Plague in India, 1896, 1897 - Volume 3
Year: 1896
Disease focus: Plague
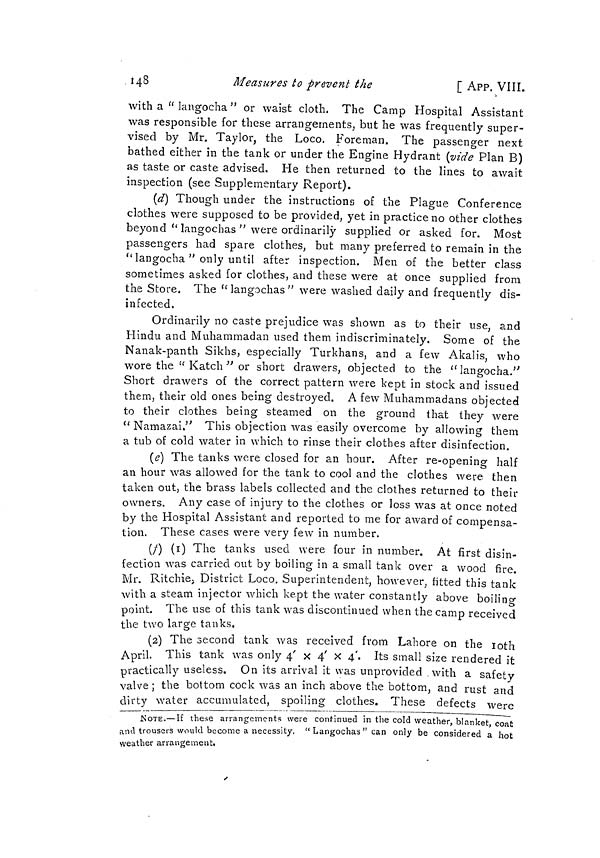
148
Measures to prevent the
[ APP. VIII.
with a " langocha " or waist cloth. The Camp Hospital Assistant
was responsible for these arrangements, but he was frequently super-
vised by Mr. Taylor, the Loco. Foreman. The passenger next
bathed either in the tank or under the Engine Hydrant (vide Plan B)
as taste or caste advised. He then returned to the lines to await
inspection (see Supplementary Report).
(d) Though under the instructions of the Plague Conference
clothes were supposed to be provided, yet in practice no other clothes
beyond " langochas " were ordinarily supplied or asked for. Most
passengers had spare clothes, but many preferred to remain in the
"langocha " only until after inspection. Men of the better class
sometimes asked for clothes, and these were at once supplied from
the Store. The " langochas " were washed daily and frequently dis-
infected.
Ordinarily no caste prejudice was shown as to their use, and
Hindu and Muhammadan used them indiscriminately. Some of the
Nanak-panth Sikhs, especially Turkhans, and a few Akalis, who
wore the " Katch " or short drawers, objected to the "langocha."
Short drawers of the correct pattern were kept in stock and issued
them, their old ones being destroyed. A few Muhammadans objected
to their clothes being steamed on the ground that they were
" Namazai." This objection was easily overcome by allowing them
a tub of cold water in which to rinse their clothes after disinfection.
(e) The tanks were closed for an hour. After re-opening half
an hour was allowed for the tank to cool and the clothes were then
taken out, the brass labels collected and the clothes returned to their
owners. Any case of injury to the clothes or loss was at once noted
by the Hospital Assistant and reported to me for award of compensa-
tion. These cases were very few in number.
(†) (i) The tanks used were four in number. At first disin-
fection was carried out by boiling in a small tank over a wood fire.
Mr. Ritchie, District Loco, Superintendent, however, fitted this tank
with a steam injector which kept the water constantly above boiling
point. The use of this tank was discontinued when the camp received
the two large tanks.
(2) The second tank was received from Lahore on the loth
April. This tank was only 4' x 4' x 4- Its small size rendered it
practically useless. On its arrival it was unprovided with a safety
valve ; the bottom cock was an inch above the bottom, and rust and
dirty water accumulated, spoiling clothes. These defects were
NOTE.—If these arrangements were continued in the cold weather, blanket, coat
and trousers would become a necessity. " Langochas " can only be considered a hot
weather arrangement.